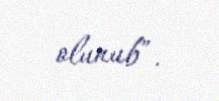
olunub”.